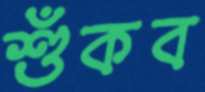
শুঁকব